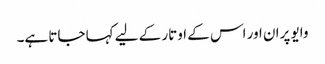
وایو پران اور اس کے اوتار کے لیے کہا جاتا ہے۔